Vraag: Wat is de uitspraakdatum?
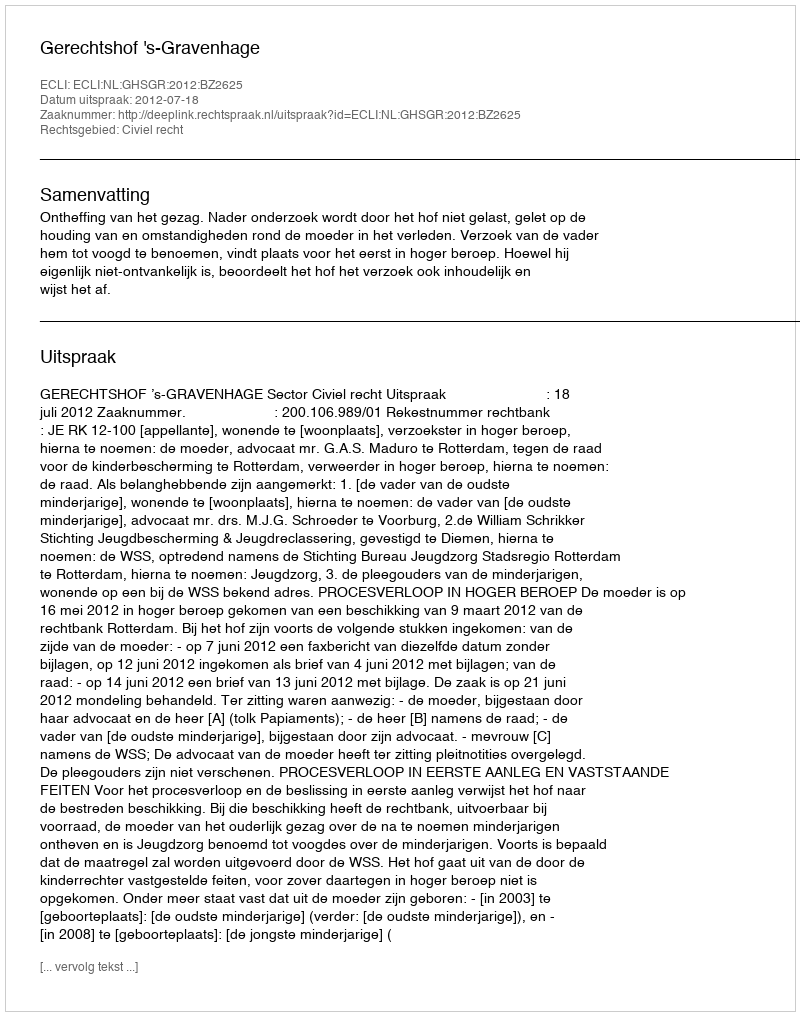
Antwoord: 2012-07-18